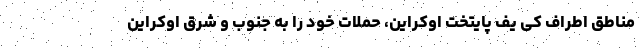
مناطق اطراف کی یف پایتخت اوکراین، حملات خود را به جنوب و شرق اوکراین